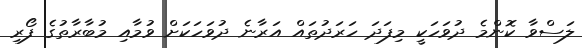
ލަސްވާ ކޮންމެ ދުވަހަކީ މިފަދަ ހަރަދުތައް އަރާނެ ދުވަހަކަށް ވުމާއި މުބާރާތުގެ ފޯރި